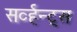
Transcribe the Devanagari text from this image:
सर्व्हन्ट्स